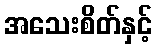
အသေးစိတ်နှင့်